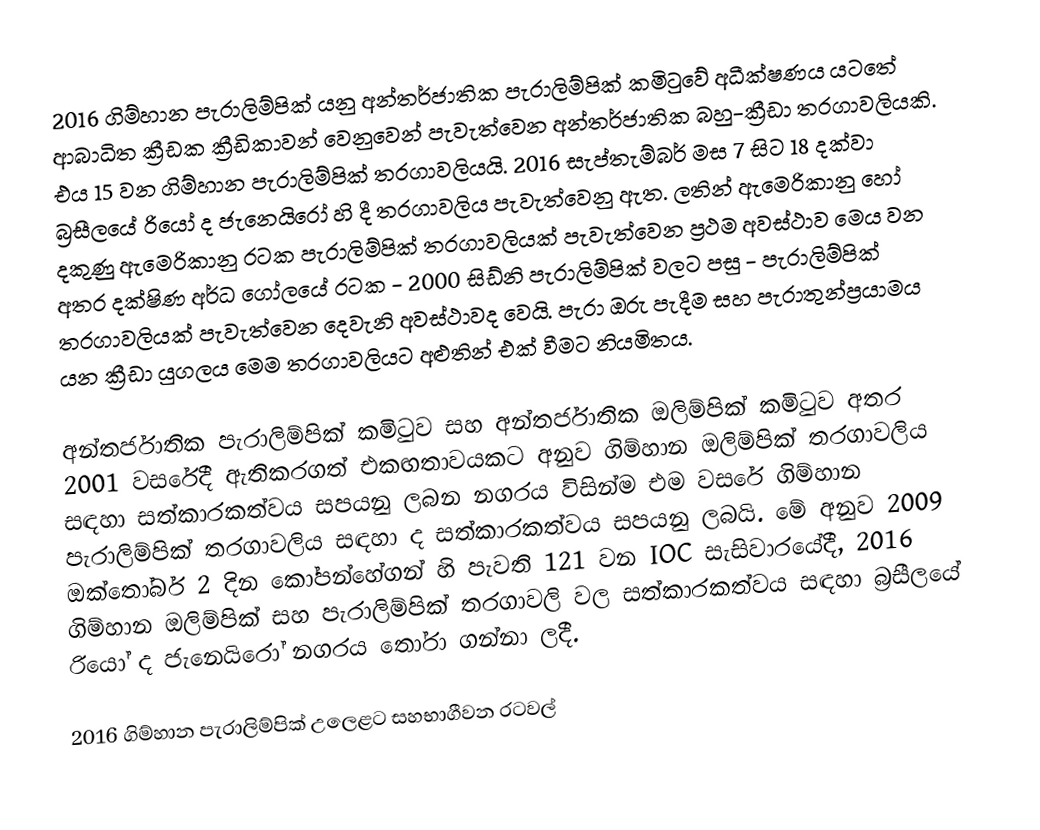
2016 ගිම්හාන පැරාලිම්පික් යනු අන්තර්ජාතික පැරාලිම්පික් කමිටුවේ අධීක්ෂණය යටතේ ආබාධිත ක්‍රීඩක ක්‍රීඩිකාවන් වෙනුවෙන් පැවැත්වෙන අන්තර්ජාතික බහු-ක්‍රීඩා තරගාවලියකි. එය 15 වන ගිම්හාන පැරාලිම්පික් තරගාවලියයි. 2016 සැප්තැම්බර් මස 7 සිට 18 දක්වා බ්‍රසීලයේ රියෝ ද ජැනෙයිරෝ හි දී  තරගාවලිය පැවැත්වෙනු ඇත. ලතින් ඇමෙරිකානු හෝ දකුණු ඇමෙරිකානු රටක පැරාලිම්පික් තරගාවලියක් පැවැත්වෙන ප්‍රථම අවස්ථාව මෙය වන අතර දක්ෂිණ අර්ධ ගෝලයේ රටක - 2000 සිඩ්නි පැරාලිම්පික් වලට පසු - පැරාලිම්පික්  තරගාවලියක් පැවැත්වෙන දෙවැනි අවස්ථාවද වෙයි. පැරා ඔරු පැදීම සහ පැරාතුන්ප්‍රයාමය යන ක්‍රීඩා යුගලය මෙම තරගාවලියට අළුතින් එක් වීමට නියමිතය.

අන්තර්ජාතික පැරාලිම්පික් කමිටුව සහ අන්තර්ජාතික ඔලිම්පික් කමිටුව අතර 2001 වසරේදී ඇතිකරගත් එකඟතාවයකට අනුව ගිම්හාන ඔලිම්පික් තරගාවලිය සඳහා සත්කාරකත්වය සපයනු ලබන නගරය විසින්ම එම වසරේ ගිම්හාන පැරාලිම්පික් තරගාවලිය සඳහා ද සත්කාරකත්වය සපයනු ලබයි. මේ අනුව 2009 ඔක්තෝබර් 2 දින කෝපන්හේගන් හි පැවති 121 වන IOC සැසිවාරයේදී, 2016 ගිම්හාන ඔලිම්පික් සහ පැරාලිම්පික් තරගාවලි වල සත්කාරකත්වය සඳහා බ්‍රසීලයේ රියෝ ද ජැනෙයිරෝ නගරය තෝරා ගන්නා ලදී.

2016 ගිම්හාන පැරාලිම්පික් උලෙළට සහභාගීවන රටවල්